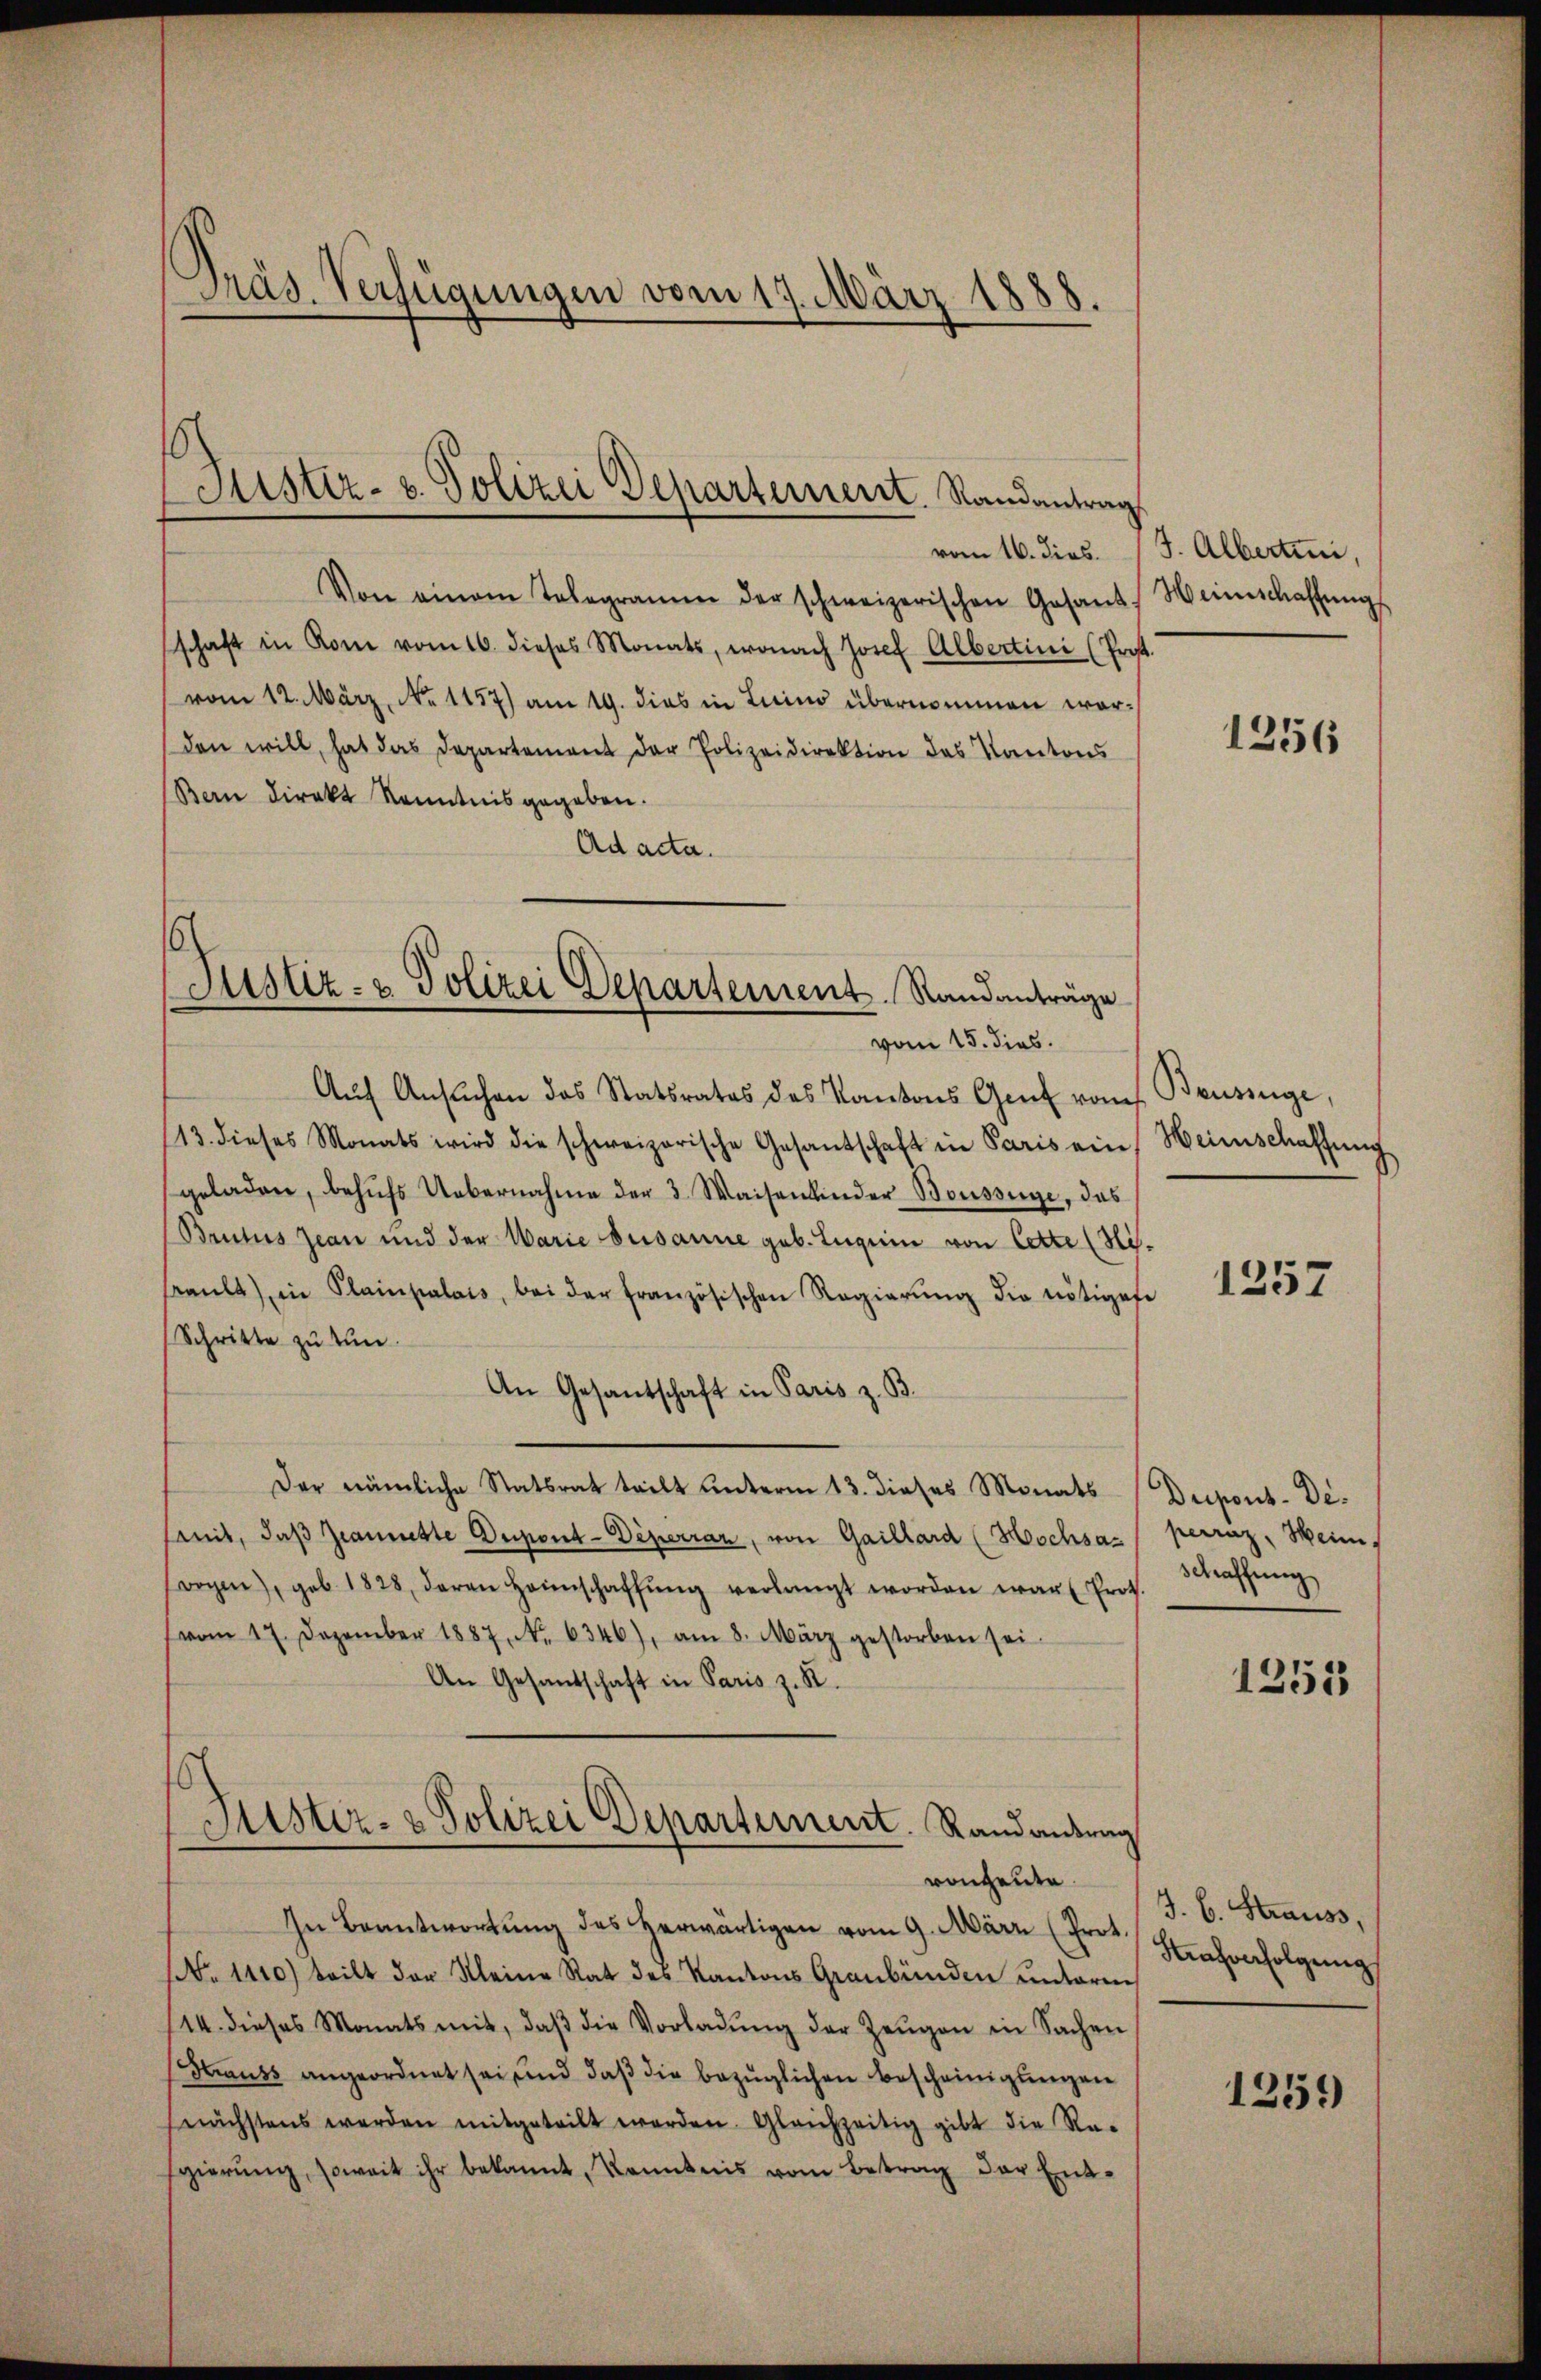
Präs. Verfügungen vom 17. März 1888.

6
Justiz- u. Polizei Departerieret. Randantrag

Von einem Telegramm der schweizerischen Gesand
schaft in Rom vom 16. dieses Monats, wonach Josef Albertini (Prof.
vom 12. März, No 1157) am 19. dies in Luino übernommen worden will, hat das Departement der Polizeidirektion des Kantons
Bern direkt Kenntnis gegeben.
Ad acta.
Aŭf Ansŭchen des Statsrates des Kantons Genf vom Bauszüge,
13. dieses Monats wird die schweizerische Gesandschaft in Paris ein Weinschaffung
geladen, behŭfs Uebernahme der 3. Waisenkinder Boussage, das
Britus Jean und der Warie Susanne geb. Luguin von Cette (Hi.
Baŭlt) in Plainpalais, bei der französischen Regierŭng die nötigese
Schritte zu tun.
An Gesantschaft in Paris z. B.
Der nämliche Statsrat teilt unterm 13. dieses Monats Dupons-Desamit, daß Ziamette Dupont-Diperrar, von Gaillard (Hochsa- / perraz, Heini
wogen), geb. 1828, deren Heimschaffŭng verlangt worden war. Prot.
(vom 17. Dezember 1887, No. 6346), am 8. März gestorben sei.
An Gesandschaft in Paris z. R.
Justiz- & Polizei Departement. Randantrag
vonheute.
In Beantwortŭng des herwärtigen vom 9. März (Prot.
No. 1110) teilt der Kleine Rat des Kantons Graubünden unterm
/14. dieses Monats mit, daβ die Vorladŭng der Zeŭgen in Sachen
Strauss angeordnet sei, und daβ die bezüglichen Bescheinigŭngen
nächstens werden mitgeteilt werden. Gleichzeitig gibt die Re-
Egierŭng, soweit ihr bekannt, Kenntnis vom Betrag der Ent-

6
(Justiz- & Polizei Departement Standanträge
vom 15. dies.

vom 16. dies. J. Albertini,
Heinschaffungs

1256

1257

Schaffung

1251

J. C. Strauss,
Strafverfolgung

1259)